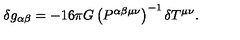
\delta g _ { \alpha \beta } = - 1 6 \pi G \left( P ^ { \alpha \beta \mu \nu } \right) ^ { - 1 } \delta T ^ { \mu \nu } .